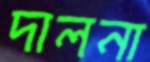
দালনা